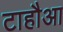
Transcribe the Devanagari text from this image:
टाहौआ